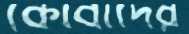
কোবাদের